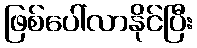
ဖြစ်ပေါ်လာနိုင်ပြီး